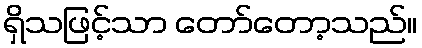
ရှိသဖြင့်သာ တော်တော့သည်။